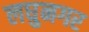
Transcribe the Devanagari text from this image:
लघुनगर